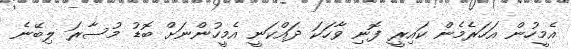
އެމީހުން އަހަރެމެން ކައިރީ ފޮނި ވާހަކަ ދައްކަނީ އެމީހުންނަށް ބޮޑު މުސާރަ ލިބޭނެ